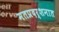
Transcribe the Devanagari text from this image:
मतप्रदर्शनात